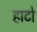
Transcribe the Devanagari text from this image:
हाटो